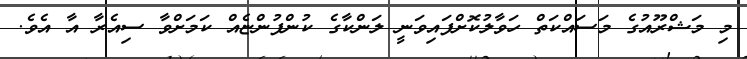
މި މަޝްރޫއުގެ މަސައްކަތް ހަވާލުކޮށްފައިވަނީ ލަންކާގެ ކުންފުންޏެއް ކަމަށްވާ ސިއެރާ އާ އެވެ.